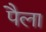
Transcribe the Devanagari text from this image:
पैला